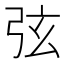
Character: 弦